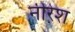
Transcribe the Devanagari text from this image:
नीरेश